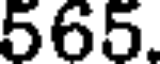
565.